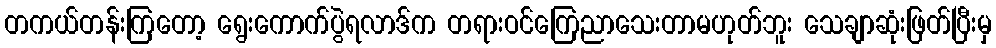
တကယ်တန်းကြတော့ ရွေးကောက်ပွဲရလာဒ်က တရားဝင်ကြေညာသေးတာမဟုတ်ဘူး သေချာဆုံးဖြတ်ပြီးမှ